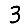
Digit: 3